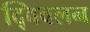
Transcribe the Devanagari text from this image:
द्विवलन